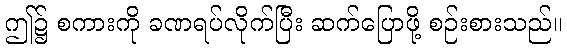
ဤ၌ စကားကို ခဏရပ်လိုက်ပြီး ဆက်ပြောဖို့ စဉ်းစားသည်။